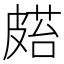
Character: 𥀌